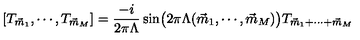
[ T _ { \vec { m } _ { 1 } } , \cdots , T _ { \vec { m } _ { M } } ] = \frac { - i } { 2 \pi \Lambda } \sin \bigl ( 2 \pi \Lambda ( \vec { m } _ { 1 } , \cdots , \vec { m } _ { M } ) \big ) T _ { \vec { m } _ { 1 } + \cdots + \vec { m } _ { M } }